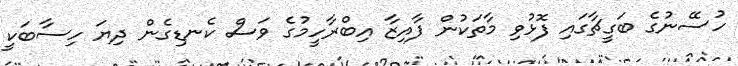
ހުސޭނުގެ ބަގީޗާގައި ފޮޅުވި މާތަކުން ފާއިޒާ އިބްރާހީމުގެ ވަސް ކެނޑިގެން ދިޔަ ހިސާބަކީ